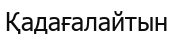
Қадағалайтын